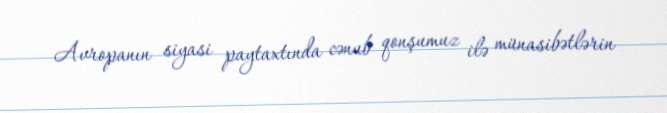
Avropanın siyasi paytaxtında cənub qonşumuz ilə münasibətlərin